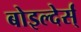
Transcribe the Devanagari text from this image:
बोइल्देर्स्